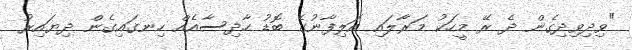
"ވިދިވިދިގެން ދެ ރޭ މީހަކު މަރާލައި އަލިފާނުގެ ބޮޑު ހާދިސާއެއް ހިނގައިގެން ދިޔައިރު